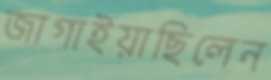
জাগাইয়াছিলেন